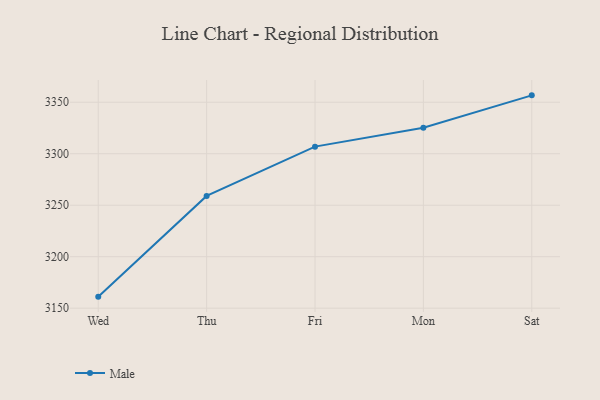
{"axis": {"x": "Day", "y": "Budget (USD K)"}, "legend": ["Male"], "data": [{"x": "Wed", "y": 3161.2, "type": "Male"}, {"x": "Thu", "y": 3259.0, "type": "Male"}, {"x": "Fri", "y": 3306.9, "type": "Male"}, {"x": "Mon", "y": 3325.3, "type": "Male"}, {"x": "Sat", "y": 3356.7, "type": "Male"}]}